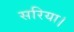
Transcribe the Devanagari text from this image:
सरिया।